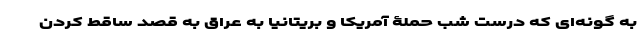
به گونه‌ای که درست شب حملۀ آمریکا و بریتانیا به عراق به قصد ساقط کردن